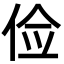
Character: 俭